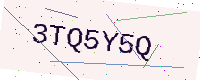
Text: 3TQ5Y5Q